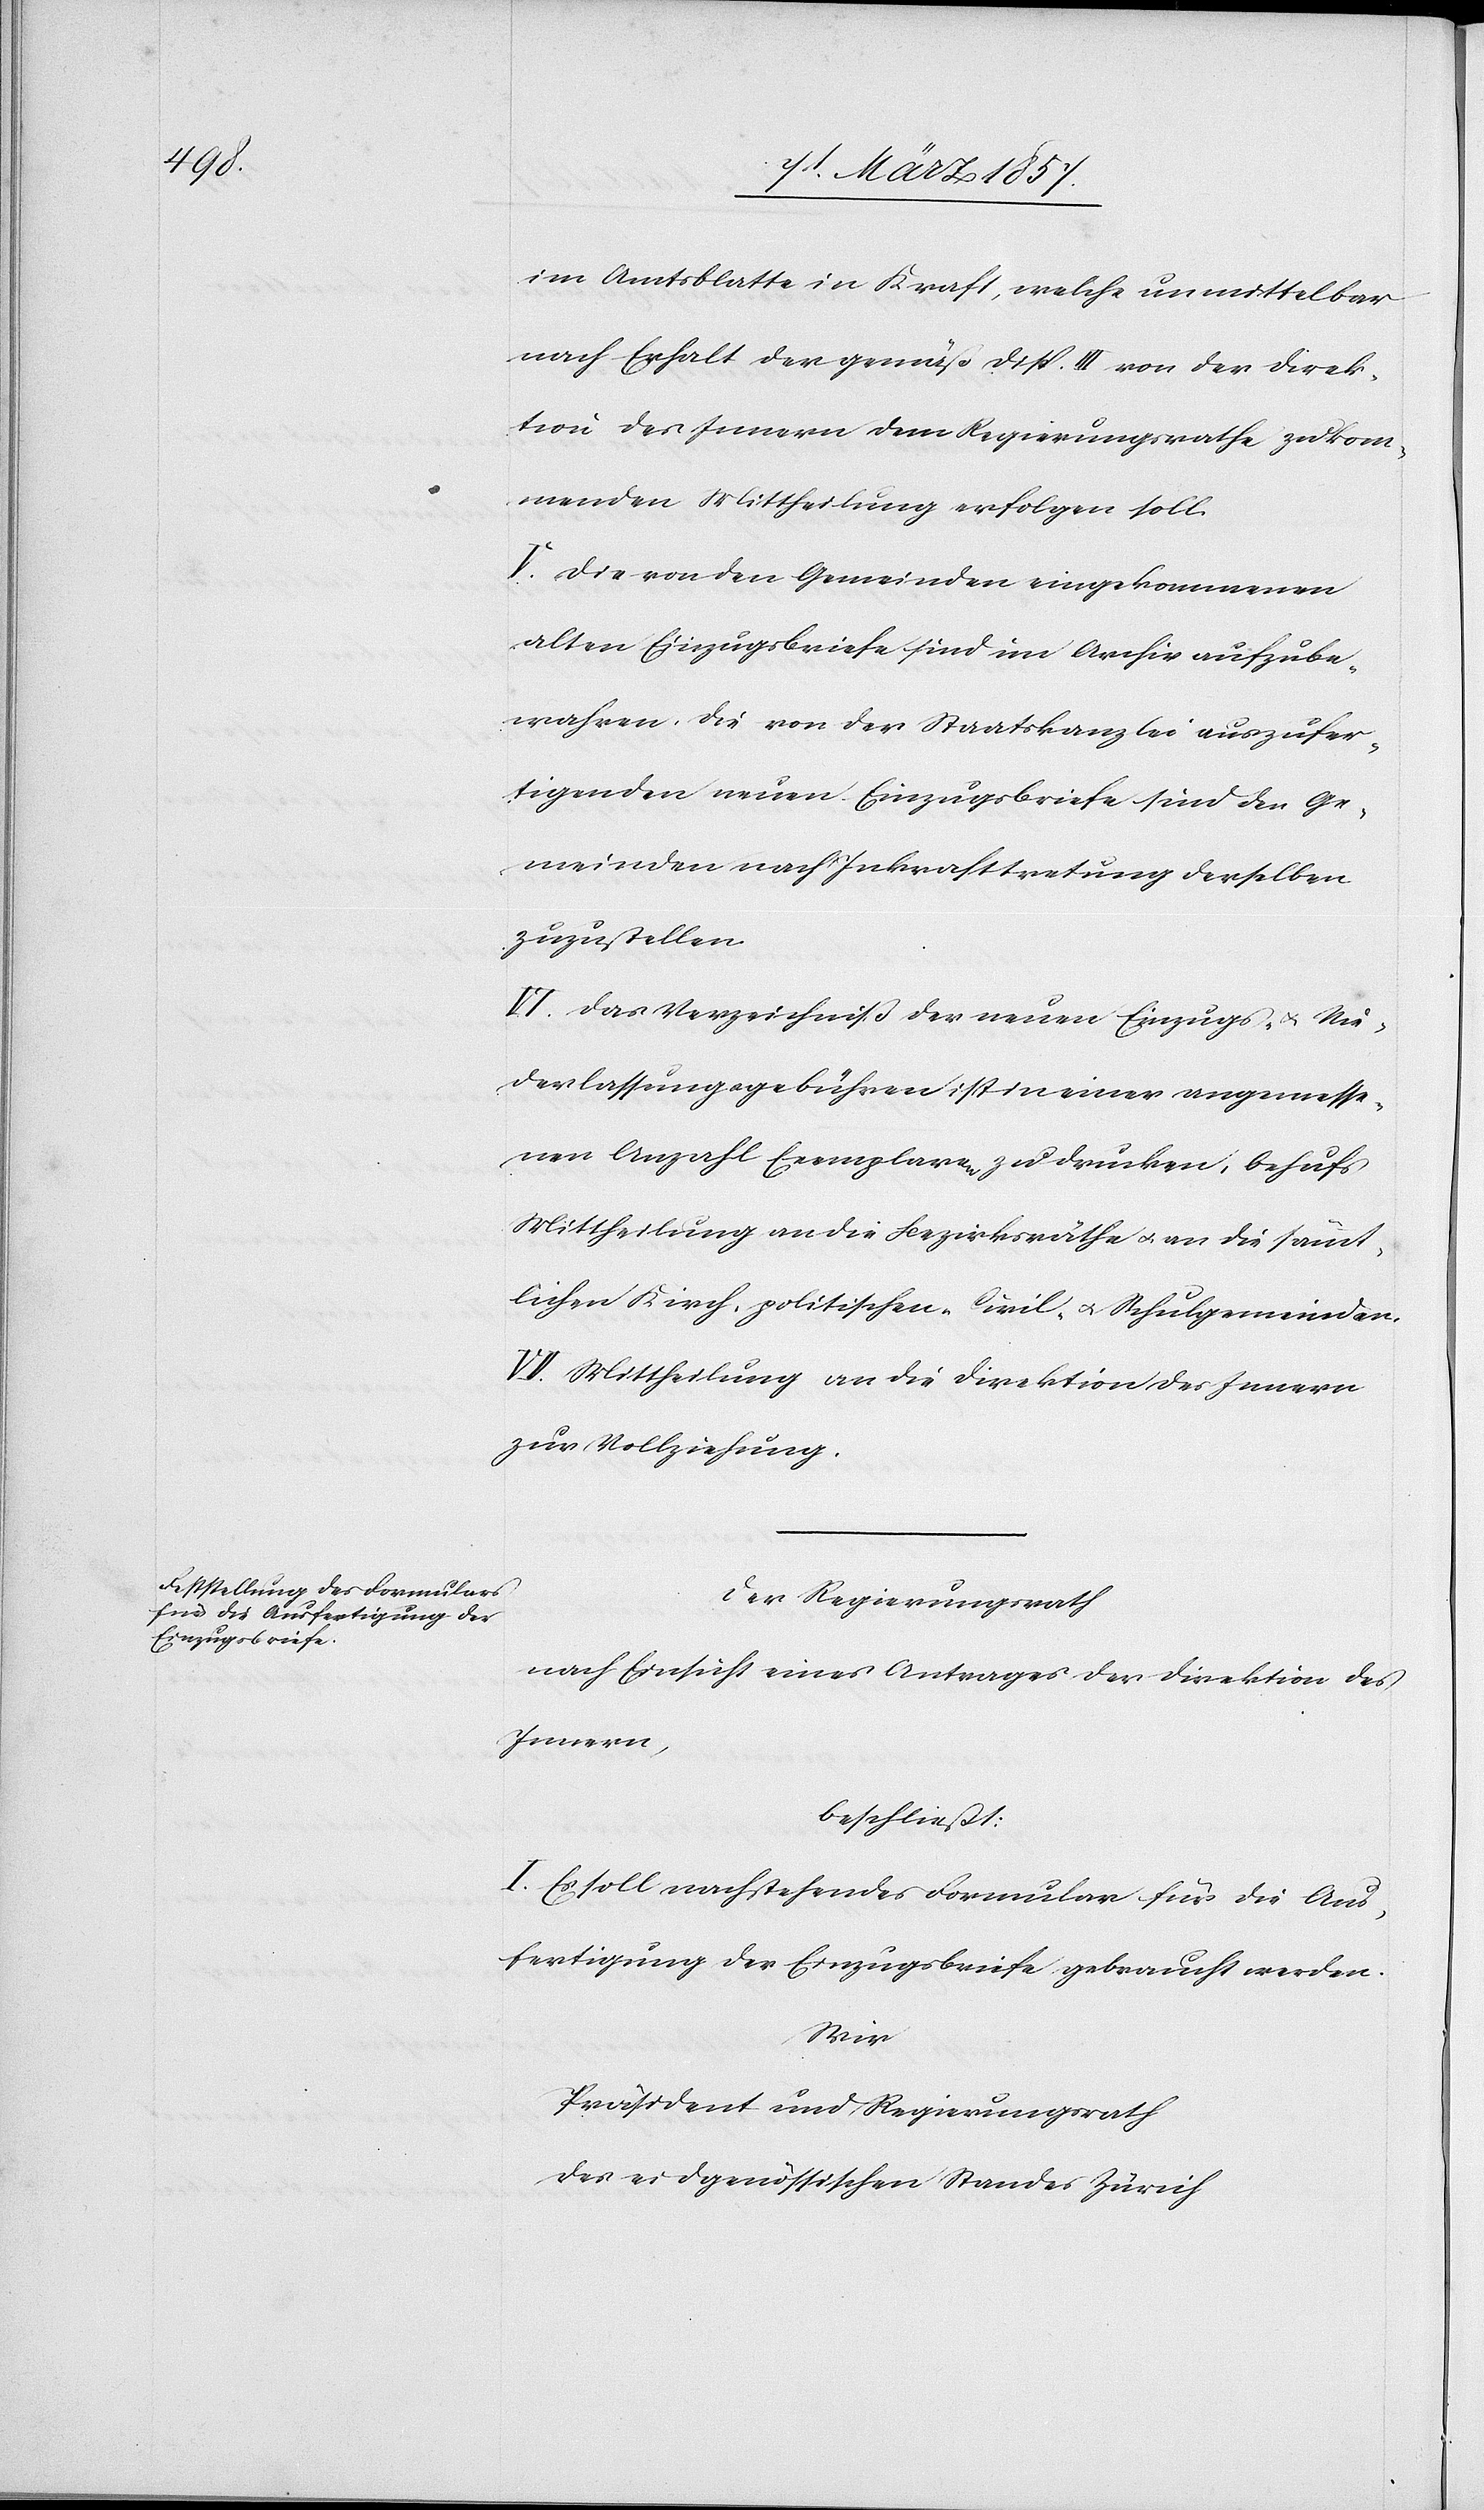
im Amtsblatte in Kraft, welche unmittelbar
nach Erhalt der gemäß Disp. III von der Direk¬
tion des Innern dem Regierungsrathe zukom¬
menden Mittheilung erfolgen soll.
V. Die von den Gemeinden eingekommenen
alten Einzugsbriefe sind im Archiv aufzube¬
wahren, die von der Staatskanzlei auszufer¬
tigenden neuen Einzugsbriefe sind den Ge¬
meinden nach Inkrafttretung derselben
zuzustellen.
VI. Das Verzeichniß der neuen Einzugs- u. Nie¬
derlassungsgebühren ist in einer angemesse¬
nen Anzahl Exemplaren zu drucken, behufs
Mittheilung an die Bezirksräthe u. an die sämmt¬
lichen Kirch[-], politischen-[,] Civil- u. Schulgemeinden,
VII. Mittheilung an die Direktion des Innern
zur Vollziehung.
Der Regierungsrath
nach Einsicht eines Antrages der Direktion des
Innern,
beschließt:
I. Es soll nachstehendes Formular für die Aus¬
fertigung der Einzugsbriefe gebraucht werden.
Wir
Präsident und Regierungsrath
des eidgenössischen Standes Zürich